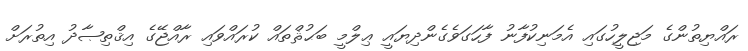
ރައްޔިތުންގެ މަޖިލީހުގައި އެމަނިކުފާނު ފާހަގަވެގެންދިޔައީ ޢިލްމީ ބަޙުޘްތައް ކުރައްވައި ރާއްޖޭގެ އިޤްތިޞާދު އިތުރަށް